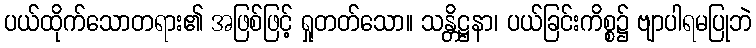
ပယ်ထိုက်သောတရား၏ အဖြစ်ဖြင့် ရှုတတ်သော။ သန္တိဋ္ဌနာ၊ ပယ်ခြင်းကိစ္စ၌ ဗျာပါရမပြုဘဲ